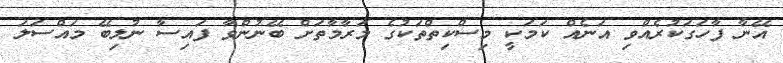
އޭނާ ފާހަގަކުރެއްވި އަނެއް ކަމަކީ މިސްކިތްތަކުގެ މަރާމާތަށް ބޭނުންވާ ފައިސާ ނުލިބޭ މައްސަލަ